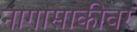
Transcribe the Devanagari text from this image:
नागासाकीवर